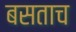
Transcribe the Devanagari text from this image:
बसताच